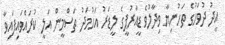
އީދު ދުވަހުގެ ތަހުނިޔާ ވިދާލުވެ ޑީއާރުޕީގެ ލީޑަރު އަހުމަދު ތަސްމީން އަލީ ކުރައްވައިފައިވާ